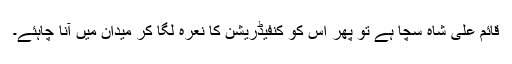
قائم علی شاہ سچا ہے تو پھر اس کو کنفیڈریشن کا نعرہ لگا کر میدان میں آنا چاہئے۔